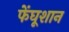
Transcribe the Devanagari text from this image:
फेंघूशान